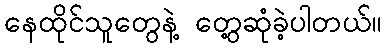
နေထိုင်သူတွေနဲ့ တွေ့ဆုံခဲ့ပါတယ်။